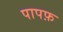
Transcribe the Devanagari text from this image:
पापफ़